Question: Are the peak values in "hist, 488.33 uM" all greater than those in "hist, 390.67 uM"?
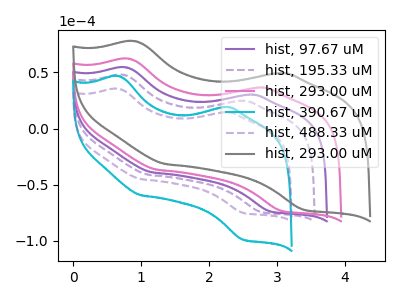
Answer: <think>The purple curve "hist, 97.67 uM" has anodic peaks at (0.80V, 54.35uA) (2.55V, 30.10uA) and cathodic peaks at (1.15V, -38.95uA) (2.90V, -73.60uA). The purple dashed curve "hist, 195.33 uM" has anodic peaks at (0.75V, 47.70uA) (2.45V, 24.65uA) and cathodic peaks at (1.10V, -41.05uA) (2.75V, -74.00uA). The pink curve "hist, 293.00 uM" has anodic peaks at (0.85V, 62.00uA) (2.70V, 36.40uA) and cathodic peaks at (1.25V, -36.50uA) (3.05V, -73.10uA). The cyan curve "hist, 390.67 uM" has anodic peaks at (0.70V, 46.55uA) (2.20V, 19.05uA) and cathodic peaks at (1.00V, -59.30uA) (2.50V, -98.65uA). The purple dashed curve "hist, 488.33 uM" has anodic peaks at (0.70V, 35.30uA) (2.20V, 14.45uA) and cathodic peaks at (1.00V, -45.00uA) (2.50V, -74.80uA). The gray curve "hist, 293.00 uM" has anodic peaks at (0.90V, 77.60uA) (3.00V, 49.25uA) and cathodic peaks at (1.35V, -31.55uA) (3.40V, -72.10uA).</think>
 <answer>Every peak in "hist, 488.33 uM" is lower than every peak in "hist, 390.67 uM".</answer>
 <eval>lower</eval>